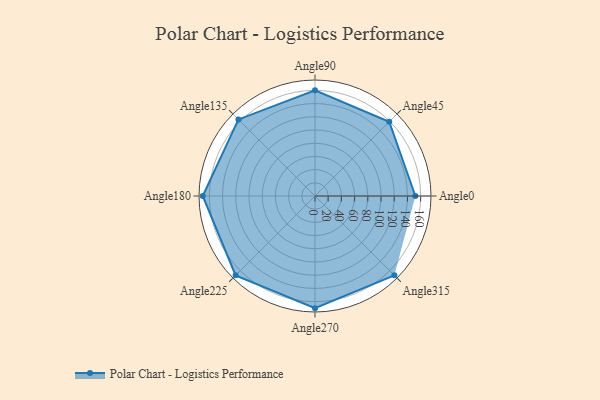
{"axis": {"x": "Angle", "y": "Radius"}, "legend": [""], "data": [{"x": "Angle0", "y": 152.0, "type": ""}, {"x": "Angle45", "y": 159.0, "type": ""}, {"x": "Angle90", "y": 160.0, "type": ""}, {"x": "Angle135", "y": 164.0, "type": ""}, {"x": "Angle180", "y": 170, "type": ""}, {"x": "Angle225", "y": 170, "type": ""}, {"x": "Angle270", "y": 170.0, "type": ""}, {"x": "Angle315", "y": 170, "type": ""}]}